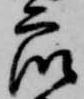
衆